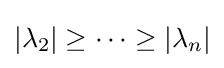
|\lambda _{2}|\geq \cdots \geq |\lambda _{n}|